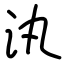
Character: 汍